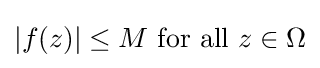
|f(z)|\leq M\ {\text{for all}}\ z\in \Omega